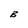
Character: B